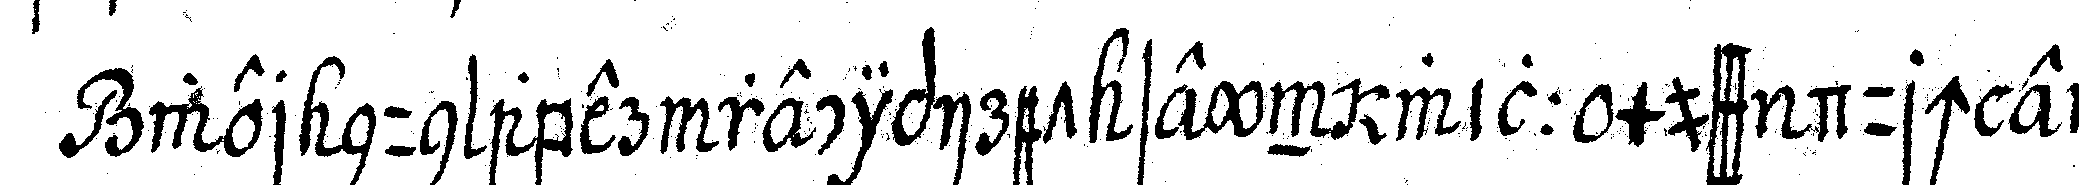
wer nun aber recipiret seyn will muss durch ei